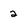
Character: 2